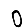
Digit: 0